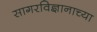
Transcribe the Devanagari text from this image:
सागरविज्ञानाच्या